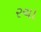
રચા